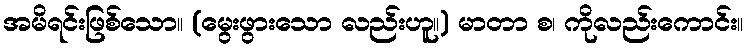
အမိရင်းဖြစ်သော။ (မွေးဖွားသော လည်းဟူ။) မာတာ စ၊ ကိုလည်းကောင်း။